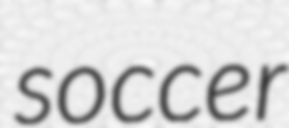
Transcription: soccer